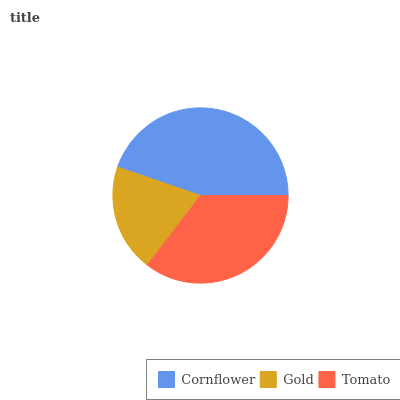
| Cornflower | Gold | Tomato |
 | --- | --- | --- |
 | 44.7% | 19.9% | 35.4% |